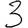
Digit: 3